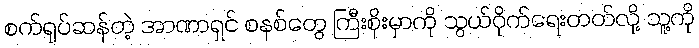
စက်ရုပ်ဆန်တဲ့ အာဏာရှင် စနစ်တွေ ကြီးစိုးမှာကို သွယ်ဝိုက်ရေးတတ်လို့ သူ့ကို